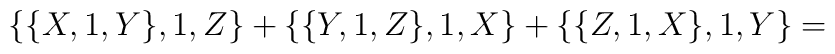
\{\{X,1,Y\},1,Z\}+\{\{Y,1,Z\},1,X\}+\{\{Z,1,X\},1,Y\}=